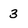
Character: 3